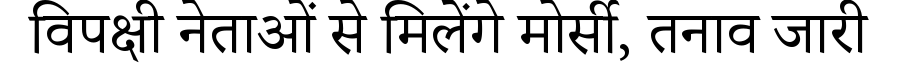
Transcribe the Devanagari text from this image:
विपक्षी नेताओं से मिलेंगे मोर्सी, तनाव जारी